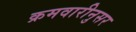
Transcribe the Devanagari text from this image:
क्रमवारीनुसर